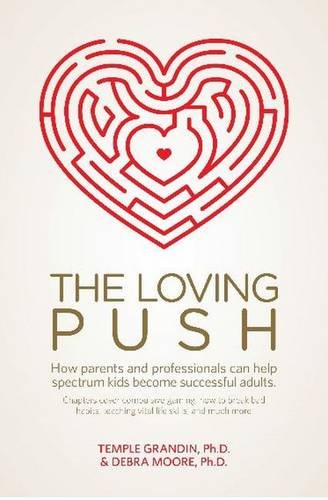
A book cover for The Loving Push: How parents and professionals can help spectrum kids become successful adults; Debra Ph.D. Moore; Parenting & Relationships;